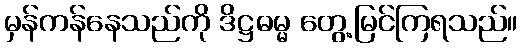
မှန်ကန်နေသည်ကို ဒိဋ္ဌဓမ္မ တွေ့မြင်ကြရသည်။